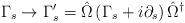
LaTeX: \begin{align*}\Gamma_s \rightarrow \Gamma_s^\prime = \hat{\Omega} \left( \Gamma_s + i \partial_s \right) \hat{\Omega}^\dagger\end{align*}